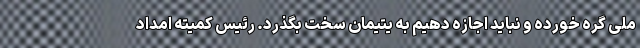
ملی گره خورده و نباید اجازه دهیم به یتیمان سخت بگذرد. رئیس کمیته امداد